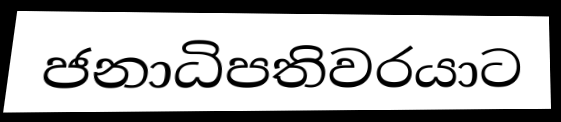
ජනාධිපතිවරයාට